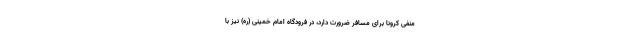
منفی کرونا برای مسافر ضرورت دارد، در فرودگاه امام خمینی (ره) نیز با